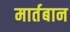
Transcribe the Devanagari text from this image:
मार्तबान